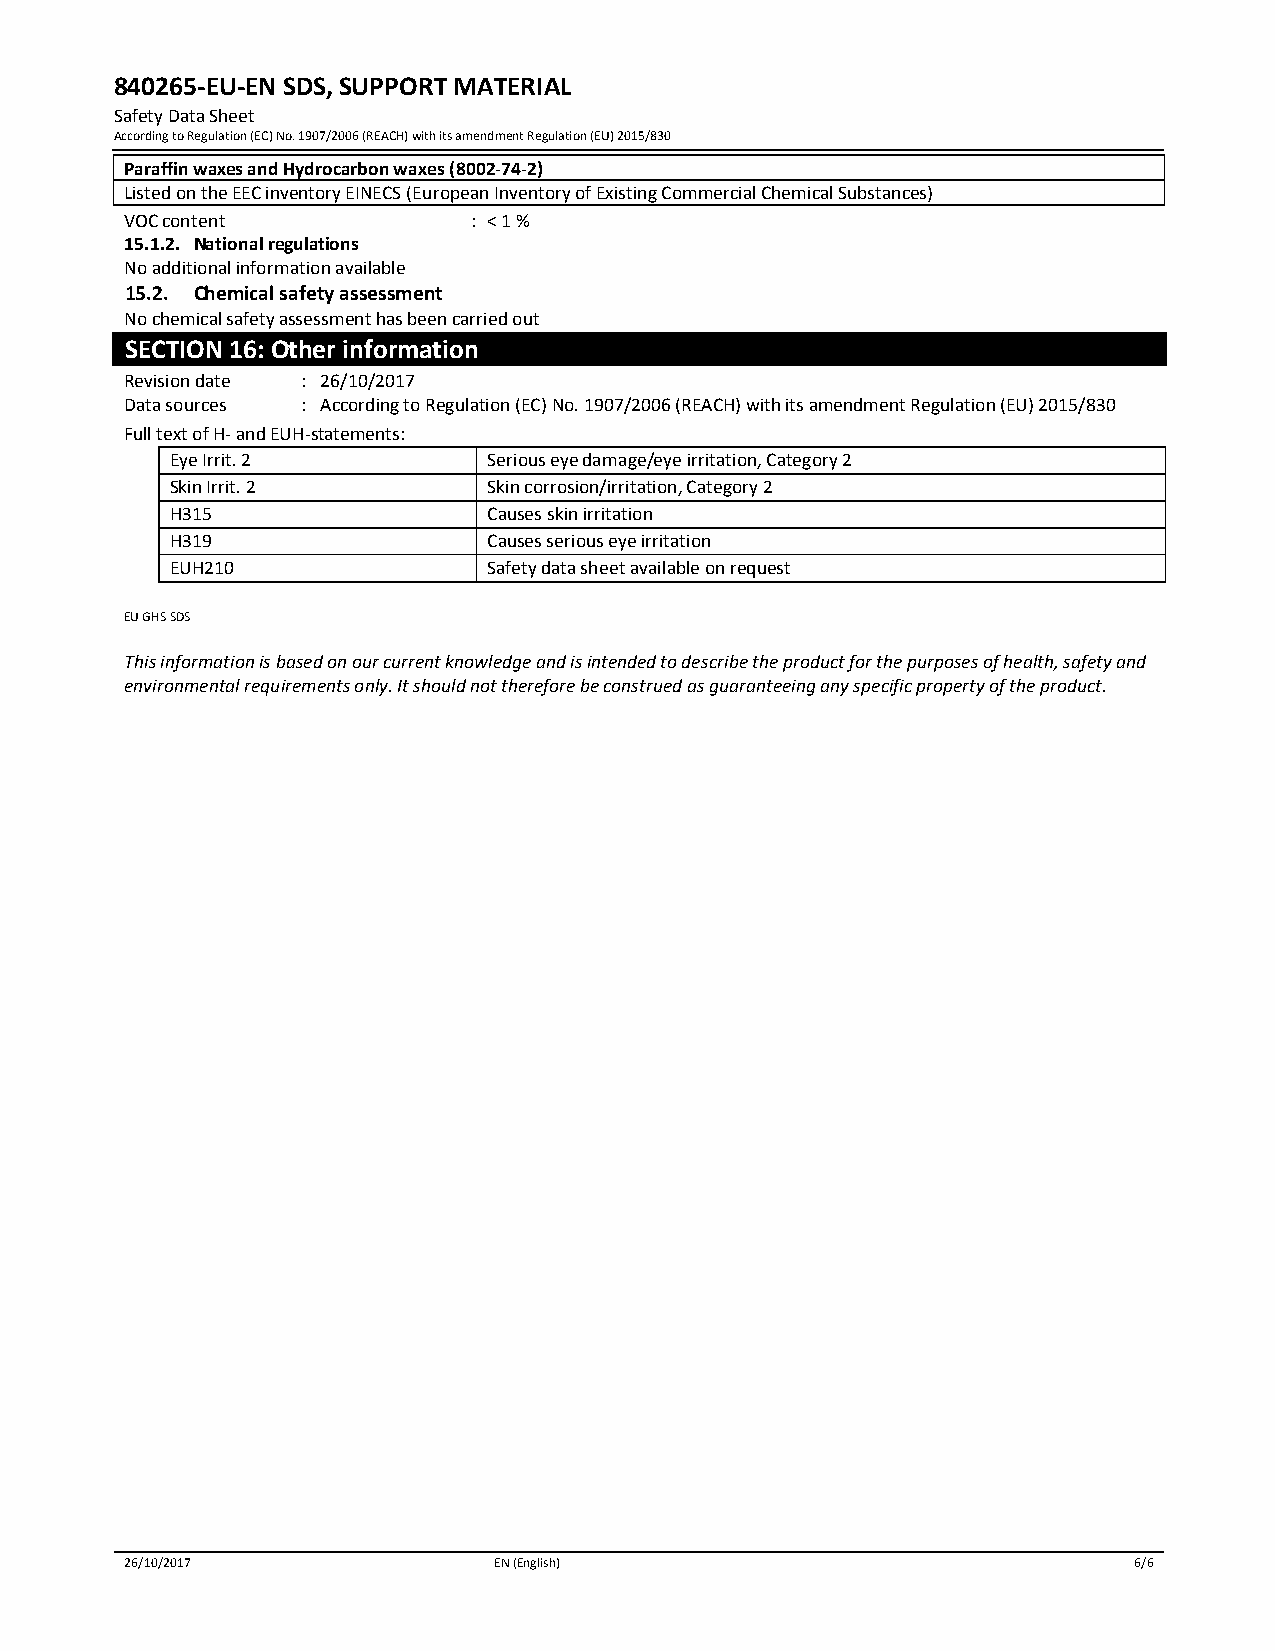
840265-EU-EN SDS, SUPPORT MATERIAL
 Safety Data Sheet
 According to Regulation (EC) No. 1907/2006 (REACH) with its amendment Regulation (EU) 2015/830
 Paraffin waxes and Hydrocarbon waxes (8002-74-2)
 Listed on the EEC inventory EINECS (European Inventory of Existing Commercial Chemical Substances)
 V OC content           : < 1 %
 15.1.2. National regulations
 No additional information available
 15.2. Chemical safety assessment
 No chemical safety assessment has been carried out
 SECTION 16: Other information
 R evision date : 26/10/2017
 Data sources : According to Regulation (EC) No. 1907/2006 (REACH) with its amendment Regulation (EU) 2015/830
 F ull text of H- and EUH-statements:
 Eye Irrit. 2         Serious eye damage/eye irritation, Category 2
 Skin Irrit. 2        Skin corrosion/irritation, Category 2
 H315                 Causes skin irritation
 H319                 Causes serious eye irritation
 EUH210               Safety data sheet available on request
 EU GHS SDS
 This information is based on our current knowledge and is intended to describe the product for the purposes of health, safety and
 environmental requirements only. It should not therefore be construed as guaranteeing any specific property of the product.
 26/10/2017               EN (English)                              6/6